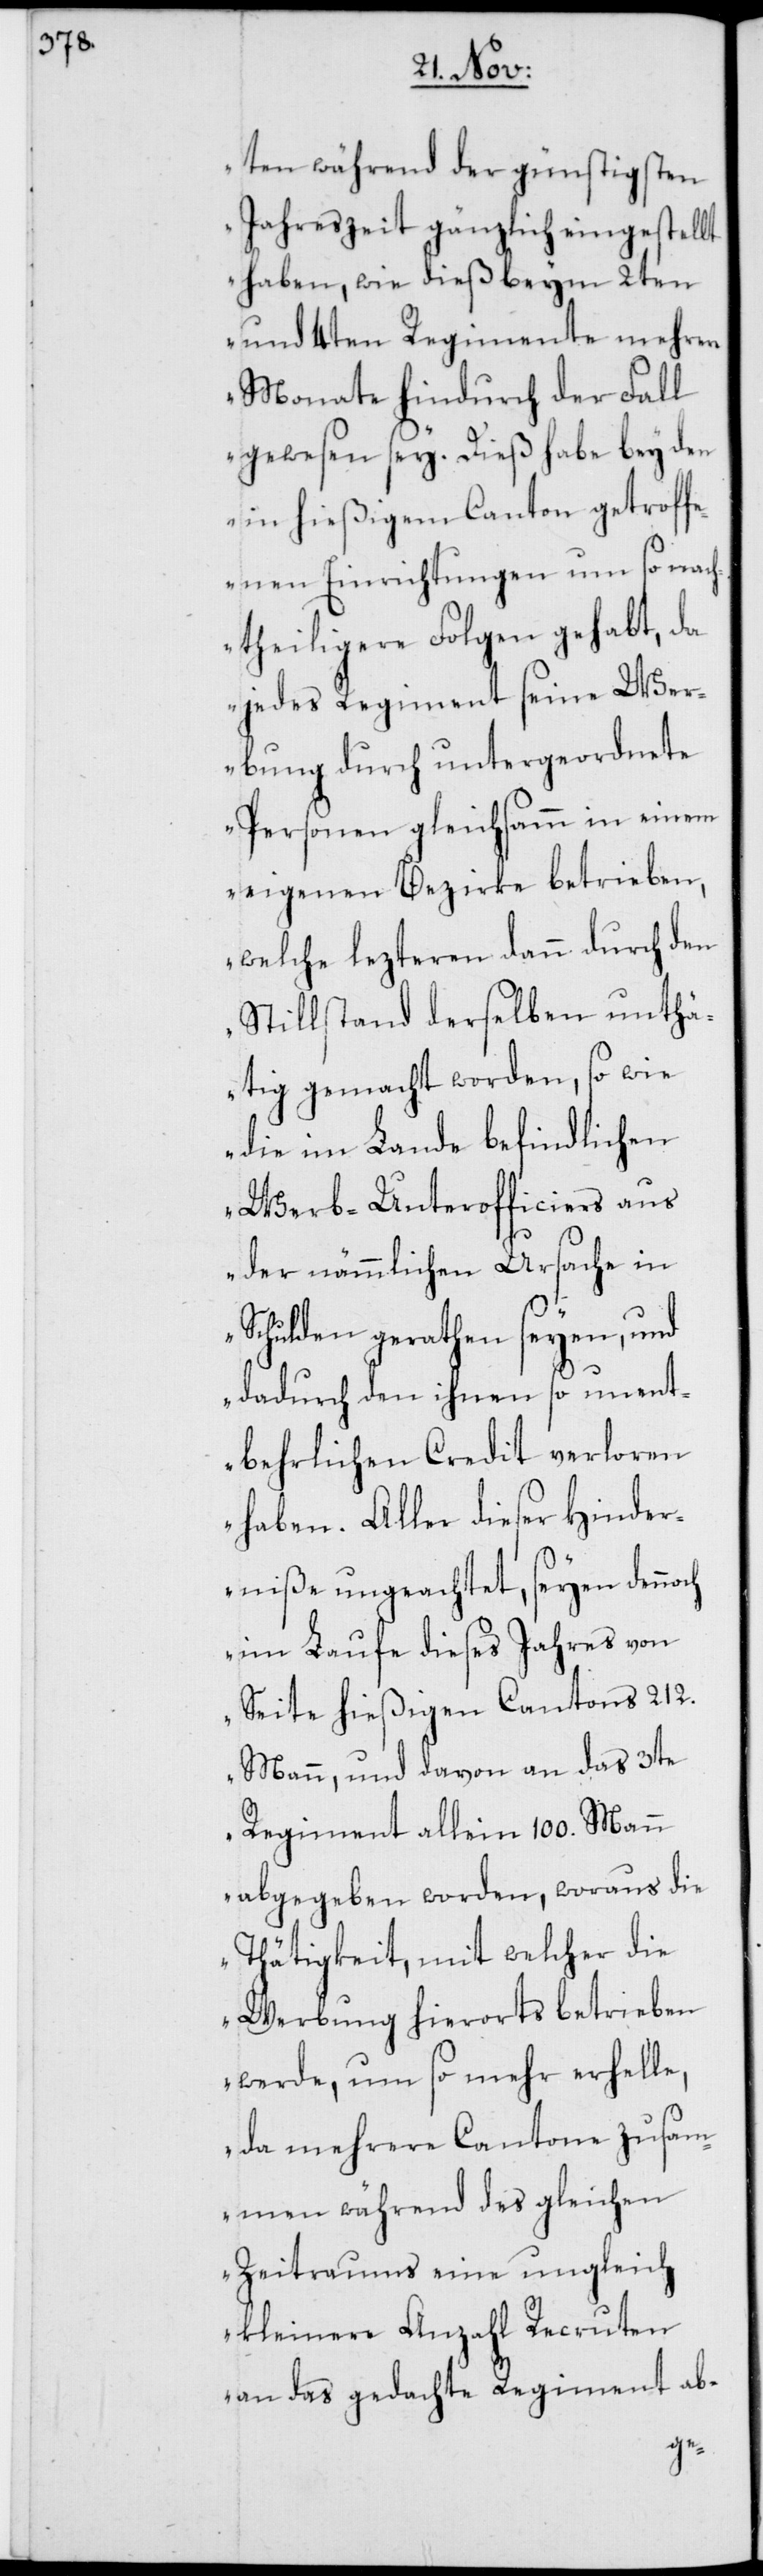
ten während der günstigsten
Jahreszeit gänzlich eingestellt
haben, wie dieß beym 2ten
und 4ten Regimente mehrere
Monate hindurch der Fall
gewesen sey. Dieß habe bey den
in hießigem Canton getroff¬
enen Einrichtungen um so nach¬
theiligere Folgen gehabt, da
jedes Regiment seine Wer¬
bung durch untergeordnete
Personen gleichsamm in einem
eigenen Bezirke betrieben,
welche lezteren dann durch den
Stillstand derselben unthä¬
tig gemacht worden, so wie
die im Lande befindlichen
Werb-Unterofficiers aus
der nämmlichen Ursache in
Schulden gerathen seyen, und
dadurch den ihnen so unent¬
behrlichen Credit verloren
haben. Aller dieser Hinder¬
niße ungeachtet, seyen dennoch
im Laufe dieses Jahres von
Seite hießigen Cantons 212.
Mann, und davon an das 3te
Regiment allein 100. Mann
abgegeben worden, woraus die
Thätigkeit, mit welcher die
Werbung hierorts betrieben
werde, um so mehr erhelle,
da mehrere Cantone zusam¬
men während des gleichen
Zeitraums eine ungleich
kleinere Anzahl Recruten
an das gedachte Regiment ab-